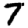
Digit: 7